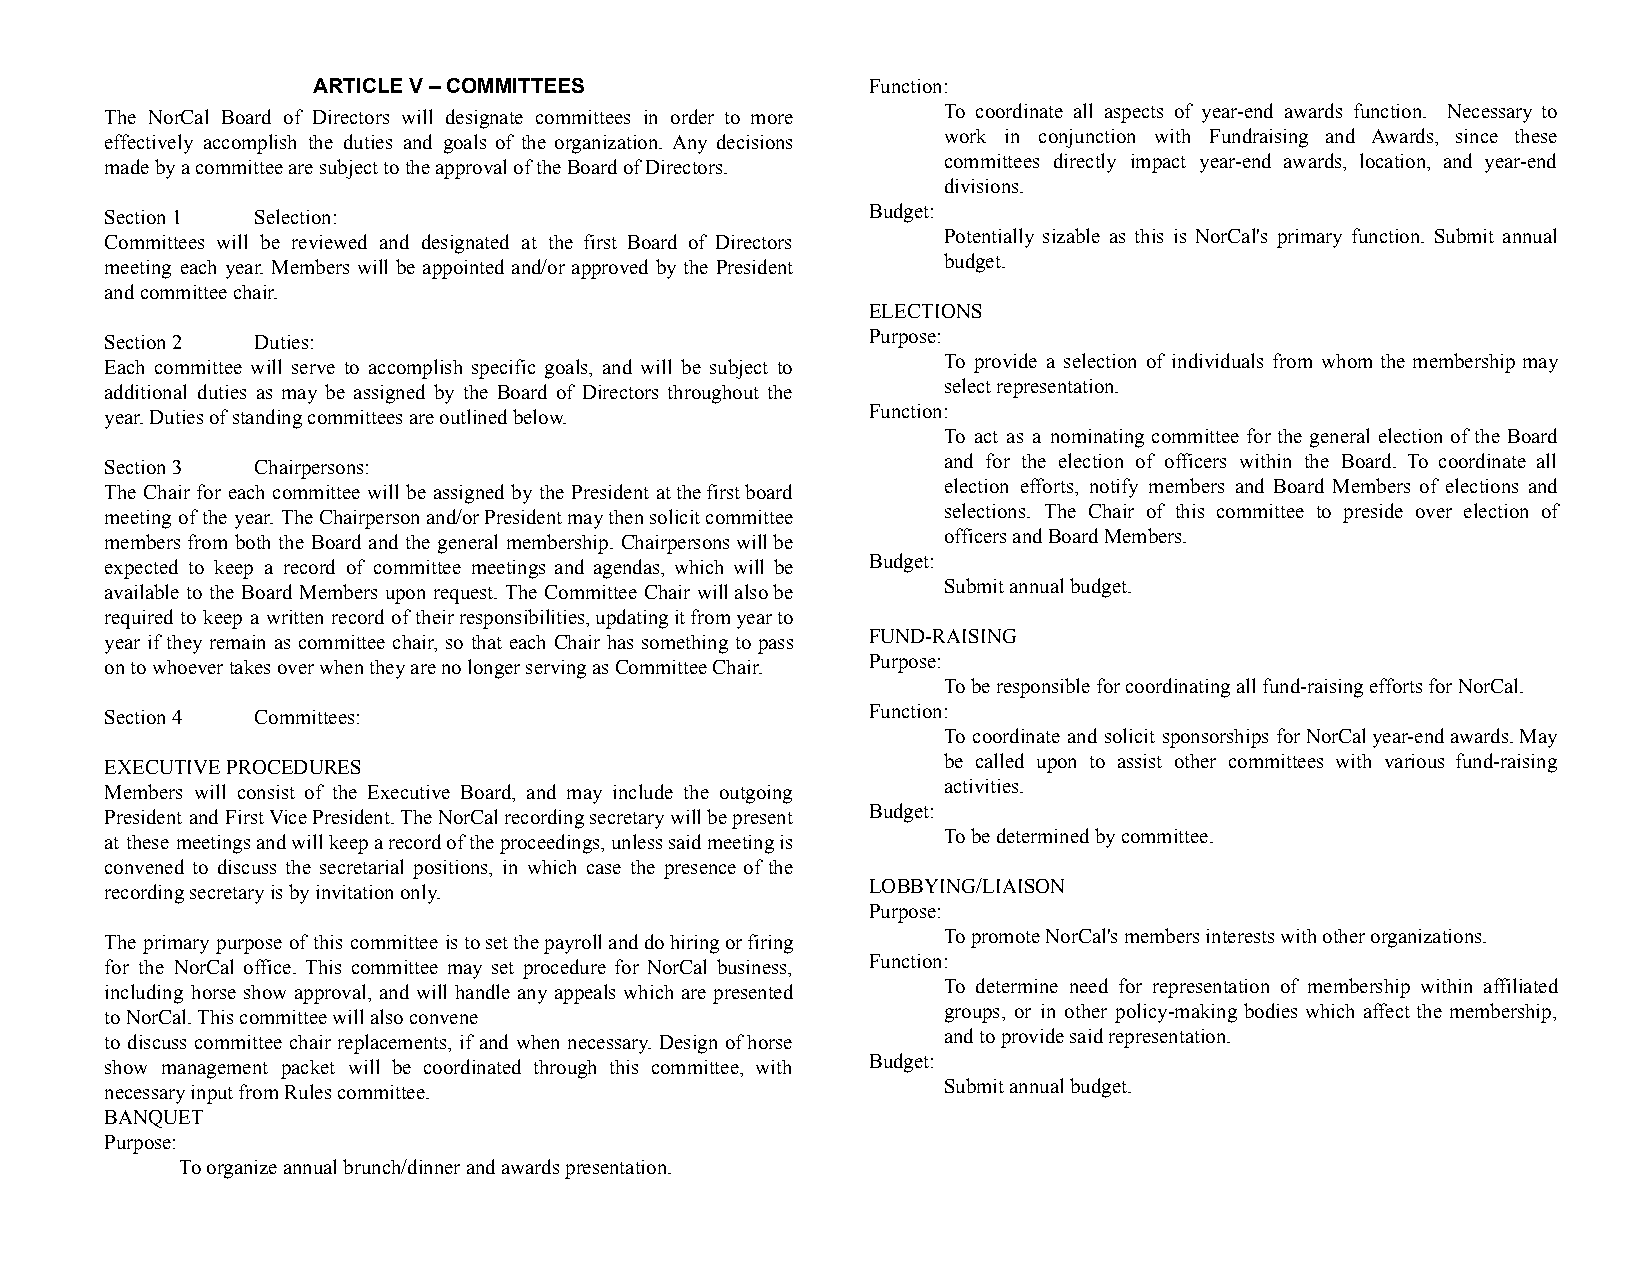
ARTICLE V – COMMITTEES              Function:
 The NorCal Board of Directors will designate committees in order to more To coordinate all aspects of year-end awards function. Necessary to
 effectively accomplish the duties and goals of the organization. Any decisions work in conjunction with Fundraising and Awards, since these
 made by a committee are subject to the approval of the Board of Directors. committees directly impact year-end awards, location, and year-end
 divisions.
 Section 1 Selection:                              Budget:
 Committees will be reviewed and designated at the first Board of Directors Potentially sizable as this is NorCal's primary function. Submit annual
 meeting each year. Members will be appointed and/or approved by the President budget.
 and committee chair.
 ELECTIONS
 Section 2 Duties:                                 Purpose:
 Each committee will serve to accomplish specific goals, and will be subject to To provide a selection of individuals from whom the membership may
 additional duties as may be assigned by the Board of Directors throughout the select representation.
 year. Duties of standing committees are outlined below. Function:
 To act as a nominating committee for the general election of the Board
 Section 3 Chairpersons:                                and for the election of officers within the Board. To coordinate all
 The Chair for each committee will be assigned by the President atthefirstboard election efforts, notify members and Board Members of elections and
 meeting of the year. TheChairpersonand/orPresidentmaythensolicitcommittee selections. The Chair of this committee to preside over election of
 members from both the Board and the general membership. Chairpersonswillbe officers and Board Members.
 expected to keep a record of committee meetings and agendas, which will be Budget:
 available to the Board Members upon request. The Committee Chair willalsobe Submit annual budget.
 required to keep a written record of theirresponsibilities,updatingitfromyearto
 year if they remain as committee chair, so that each Chair has something to pass FUND-RAISING
 on to whoever takes over when they are no longer serving as Committee Chair. Purpose:
 To be responsible for coordinating all fund-raising efforts for NorCal.
 Section 4 Committees:                             Function:
 To coordinate and solicit sponsorships forNorCalyear-endawards.May
 EXECUTIVE PROCEDURES                                   be called upon to assist other committees with various fund-raising
 Members will consist of the Executive Board, and may include the outgoing activities.
 President and FirstVicePresident.TheNorCalrecordingsecretarywillbepresent Budget:
 at these meetingsandwillkeeparecordoftheproceedings,unlesssaidmeetingis To be determined by committee.
 convened to discuss the secretarial positions, in which case the presence of the
 recording secretary is by invitation only.        LOBBYING/LIAISON
 Purpose:
 The primary purpose of this committee istosetthepayrollanddohiringorfiring To promote NorCal's members interests with other organizations.
 for the NorCal office. This committee may set procedure for NorCal business, Function:
 including horse show approval, and will handle any appeals which are presented To determine need for representation of membership within affiliated
 to NorCal. This committee will also convene            groups, or in other policy-making bodies which affect the membership,
 to discuss committee chair replacements, if and when necessary. Design ofhorse and to provide said representation.
 show management packet will be coordinated through this committee, with Budget:
 necessary input from Rules committee.                  Submit annual budget.
 BANQUET
 Purpose:
 To organize annual brunch/dinner and awards presentation.